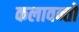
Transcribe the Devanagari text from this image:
कलावन्तों